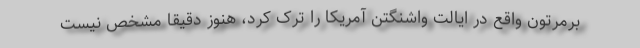
برمرتون واقع در ایالت واشنگتن آمریکا را ترک کرد، هنوز دقیقا مشخص نیست